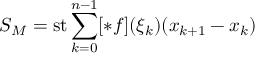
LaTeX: S _ { M } = \operatorname { s t } \sum _ { k = 0 } ^ { n - 1 } [ * f ] ( \xi _ { k } ) ( x _ { k + 1 } - x _ { k } )